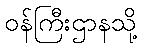
ဝန်ကြီးဌာနသို့